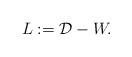
LaTeX: \begin{align*} L := \mathcal{D}- W. \end{align*}